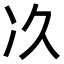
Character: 𠖮